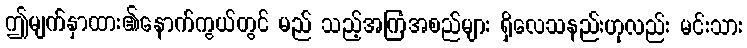
ဤမျက်နှာထား၏နောက်ကွယ်တွင် မည် သည့်အကြံအစည်များ ရှိလေသနည်းဟုလည်း မင်းသား